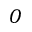
O